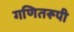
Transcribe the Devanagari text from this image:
गणितरूपी